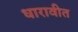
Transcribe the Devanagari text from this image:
धारावीत